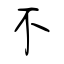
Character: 不